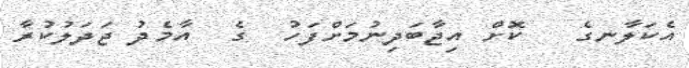
އެކަލާނގެ   ކޮށް އިޖާބަދިނުމަށްފަހު  ގެ  އާމެދު ޖަދަލުކުރާ